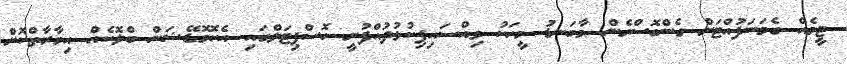
ޓީމެއް ގެމަނަފުއްޓަށް ގެންގޮސްގެން މާބަނޑު މީހަކު ވިއްސައިފިކުޅުދުއްފުށީ ހޮސްޕިޓަލްގައި އެކޮމޮޑޭޝަން ބްލޮކެއް އިމާރާތްކޮށް